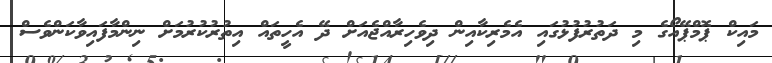
މައިކް ޕޮމްޕޭއޯގެ މި ދަތުރުފުޅުގައި އެމެރިކާއިން ދިވެހިރާއްޖެއަށް ދޭ އެހީތައް އިތުރުކުރުމަށް ނިންމާފައިވާކަންވެސް